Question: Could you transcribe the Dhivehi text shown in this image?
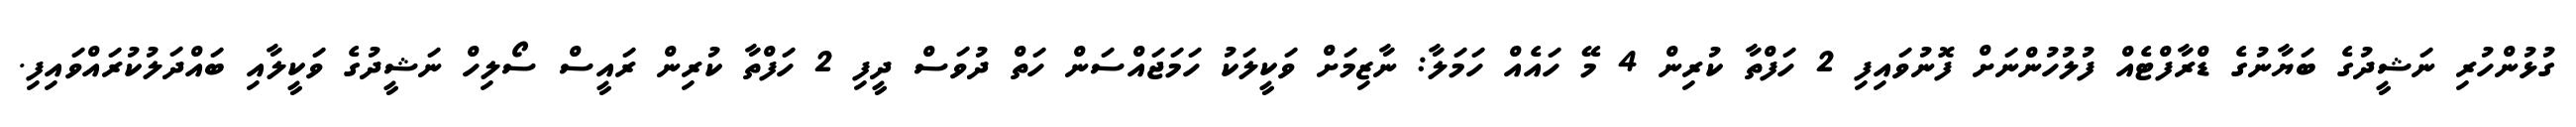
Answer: ގުޅުންހުރި ނަޝީދުގެ ބަޔާނުގެ ޑްރާފްޓެއް ފުލުހުންނަށް ފޮނުވައިފި 2 ހަފްތާ ކުރިން 4 މޭ ހައެއް ހަމަލާ: ނާޒިމަށް ވަކީލަކު ހަމަޖައްސަން ހަތް ދުވަސް ދީފި 2 ހަފްތާ ކުރިން ރައީސް ސޯލިހް ނަޝީދުގެ ވަކީލާއި ބައްދަލުކުރައްވައިފި.